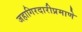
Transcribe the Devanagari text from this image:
जहागिरदारीप्रमाणे